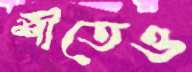
শীতেও